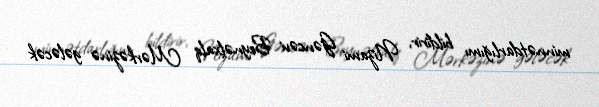
minnətdarlığımı bildirir, Nizami Gəncəvi Beynəlxalq Mərkəzinə gələcək